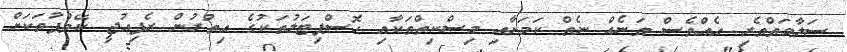
ސަލާމަތްތެރި އެއްވެސް ތަނެއް ނެތް ކަމަށާއި މިސްކިތްތަކާއި ހޮސްޕިޓަލުތަކުގެ އިތުރުން ރެފިއުޖީ ކޭމްޕުތަކަށް